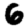
Digit: 6